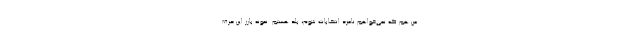
من هم که نمی‌خواهم نامزد انتخابات شوم، بلد هستم. نمونه بارز این حرف